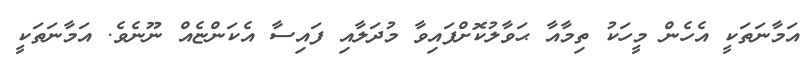
އަމާނަތަކީ އެހެން މީހަކު ތިމާއާ ޙަވާލުކޮށްފައިވާ މުދަލާއި ފައިސާ އެކަންޏެއް ނޫނެވެ. އަމާނަތަކީ